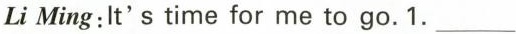
Li Ming:It's time for me to go.1.___